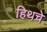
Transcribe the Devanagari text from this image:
हिथचे